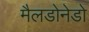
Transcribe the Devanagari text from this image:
मैलडोनेडो